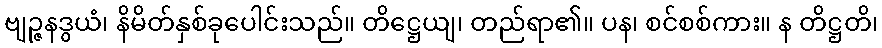
ဗျဉ္ဇနဒွယံ၊ နိမိတ်နှစ်ခုပေါင်းသည်။ တိဋ္ဌေယျ၊ တည်ရာ၏။ ပန၊ စင်စစ်ကား။ န တိဋ္ဌတိ၊